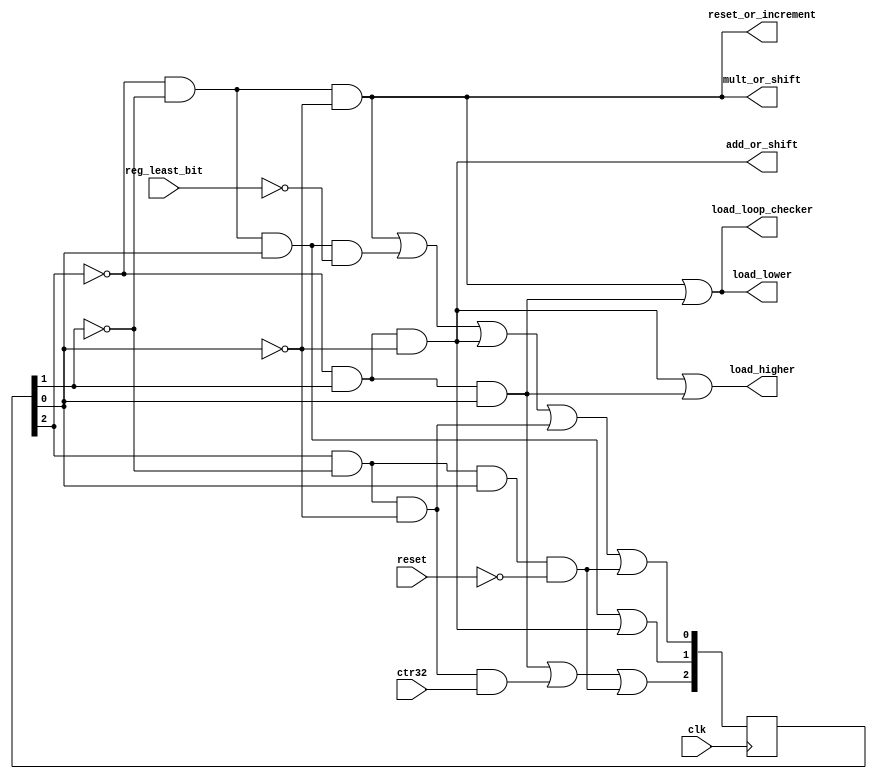
module controller(input reg_least_bit, input ctr32, input reset, input clk,
				output add_or_shift, output load_higher, output mult_or_shift, output load_lower, output reset_or_increment, output load_loop_checker);

	wire notR2;
	wire notR1;
	wire notR0; 
	reg [2:0] R;
	wire [2:0] N;
	wire not_reg_least_bit;

	wire reset_wire;
	wire [8:0] and_wires;
	
	not notgate2 (notR0, R[0]);
	not notgate1 (notR1, R[1]);
	not notgate0 (notR2, R[2]);

	/*N2 output of table = R2.R1.R0 + R2.R1.R0.ctr32 + R2.R1.R0.reset*/
	and andgate1 (and_wires[0], notR2, R[1], R[0]);
	and andgate2 (and_wires[1], R[2], notR1, notR0, ctr32);
	and andgate3 (reset_wire, R[2], notR1, R[0], ~reset);
	or orgate1 (N[2], and_wires[0], and_wires[1], reset_wire);

	/*N1 output of table = R2.R1.R0 + R2.R1.R0 */
	and andgate4 (and_wires[2], notR2, notR1, R[0]);
	and andgate5 (and_wires[3], notR2, R[1], notR0);
	or orgate2 (N[1], and_wires[2], and_wires[3]);

	/*N0 output of table = R2.R1.R0 + R2.R1.R0. reg_least_bit + R2.R1.R0 + R2.R1.R0 + R2.R1.R0.Reset*/
	and andgate6 (and_wires[4], notR2, notR1, notR0);
	and andgate7 (and_wires[5], notR2, notR1, R[0], not_reg_least_bit);
	not notgate4 (not_reg_least_bit, reg_least_bit);
	and andgate8 (and_wires[6], notR2, R[1], notR0);
	and andgate9 (and_wires[7], R[2], notR1, notR0);
	or orgate3 (N[0], and_wires[4], and_wires[5], and_wires[6], and_wires[7], reset_wire);

	/*mult_or_shift = R2.R1.R0*/
	not notgate5 (mult_or_shift, ~and_wires[4]);

	/*load_lower = R2.R1.R0 + R2.R1.R0*/
	or orgate4 (load_lower, and_wires[4], and_wires[0]);

	/*Load_loop_checker = R2.R1.R0 + R2.R1.R0*/
	or orgate5 (load_loop_checker, and_wires[4], and_wires[0]);

	/*reset_or_increment = R2.R1.R0*/
	not notgate6 (reset_or_increment, ~and_wires[4]);

	/*add_or_shift = R2.R1.R0*/
	not notgate7 (add_or_shift, ~and_wires[3]);

	/*Load_higher = R2.R1.R0+ R2'.R1.R0*/
	or orgate6 (load_higher, and_wires[3], and_wires[0]);

	always @*
    $display("2Controller: add_or_sh =%b, mult_or_shift= %b, res_or_inc= %b",add_or_shift, mult_or_shift, reset_or_increment);	 
	
	initial begin
		// start from 3 bit binary 0
		R = 3'b000;
	end


	always @ (posedge clk)
	begin
		R <= N;
	end

endmodule